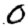
Digit: 0